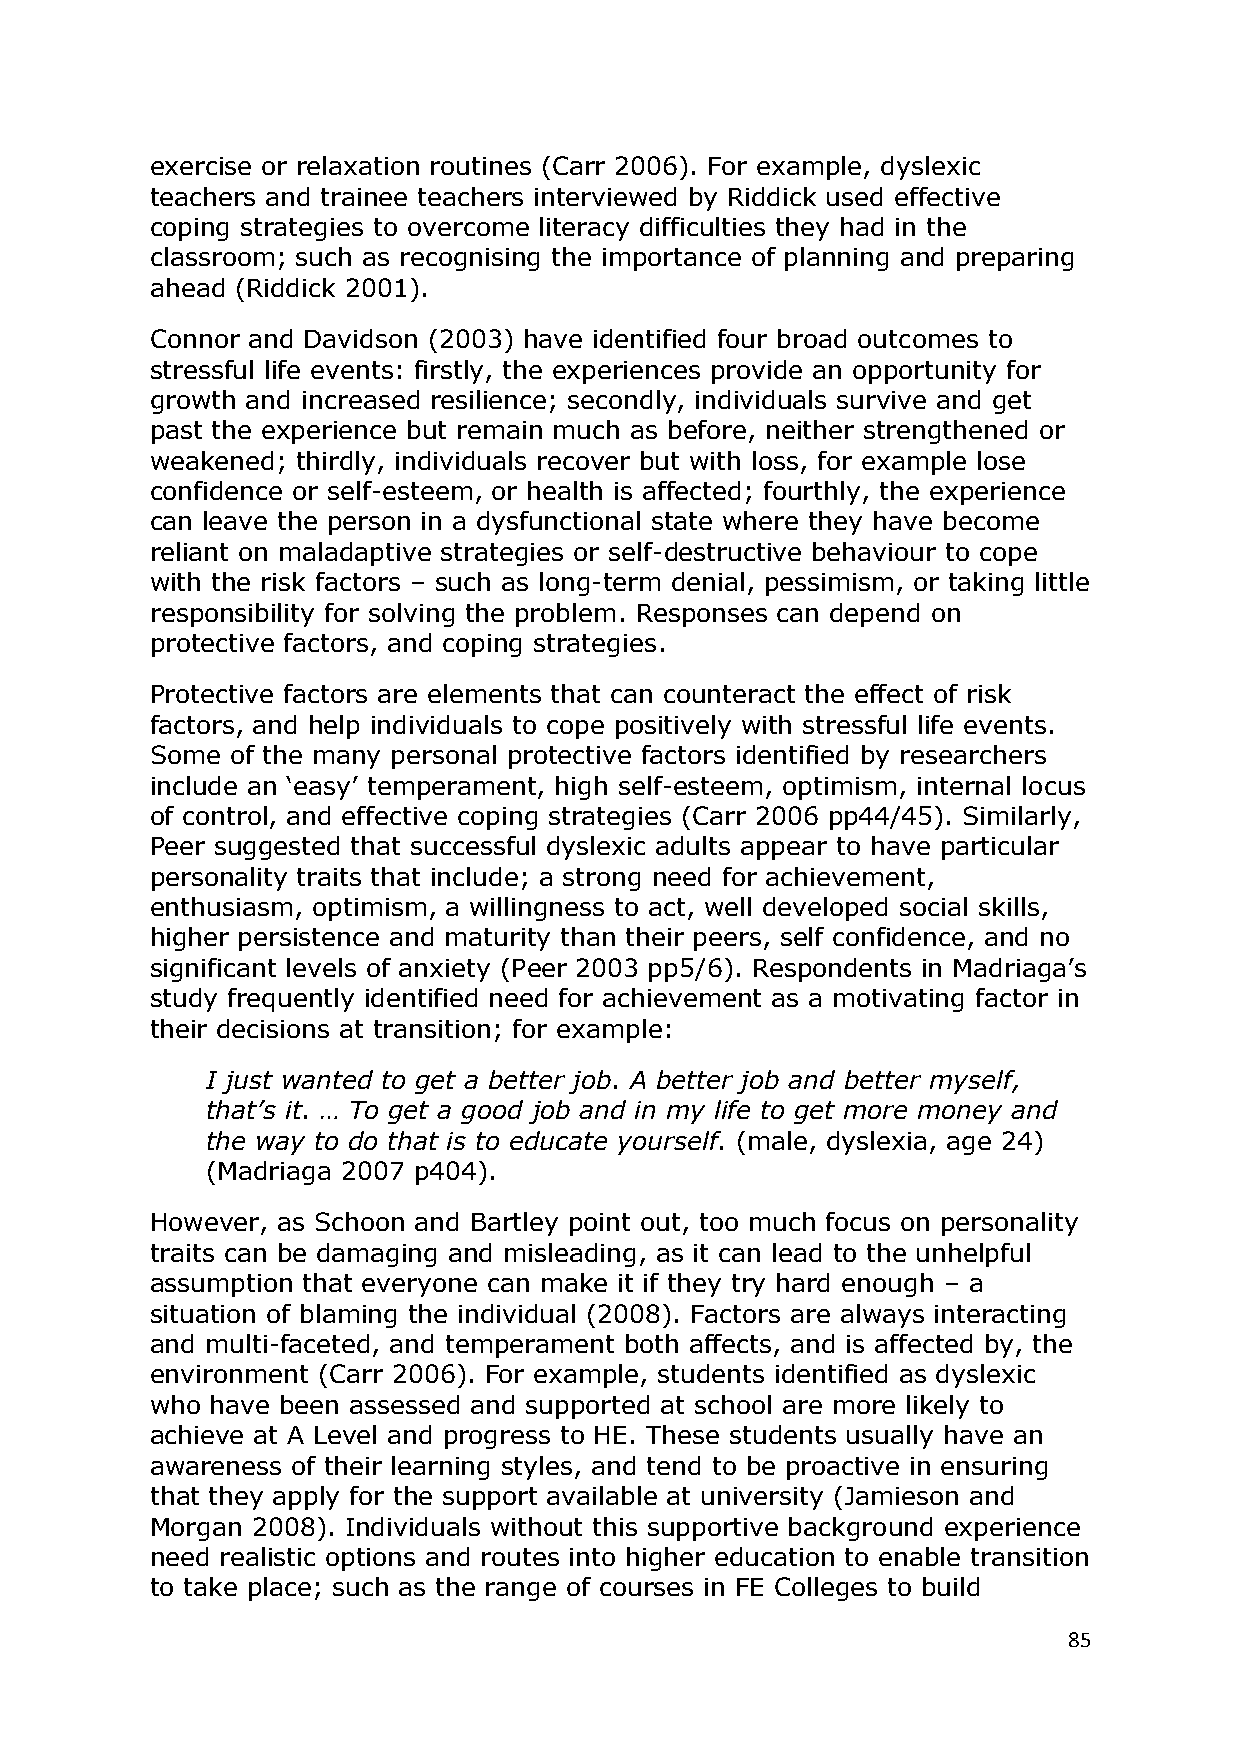
exercise or relaxation routines (Carr 2006). For example, dyslexic
 teachers and trainee teachers interviewed by Riddick used effective
 coping strategies to overcome literacy difficulties they had in the
 classroom; such as recognising the importance of planning and preparing
 ahead (Riddick 2001).
 Connor and Davidson (2003) have identified four broad outcomes to
 stressful life events: firstly, the experiences provide an opportunity for
 growth and increased resilience; secondly, individuals survive and get
 past the experience but remain much as before, neither strengthened or
 weakened; thirdly, individuals recover but with loss, for example lose
 confidence or self-esteem, or health is affected; fourthly, the experience
 can leave the person in a dysfunctional state where they have become
 reliant on maladaptive strategies or self-destructive behaviour to cope
 with the risk factors – such as long-term denial, pessimism, or taking little
 responsibility for solving the problem. Responses can depend on
 protective factors, and coping strategies.
 Protective factors are elements that can counteract the effect of risk
 factors, and help individuals to cope positively with stressful life events.
 Some of the many personal protective factors identified by researchers
 include an ‗easy‘ temperament, high self-esteem, optimism, internal locus
 of control, and effective coping strategies (Carr 2006 pp44/45). Similarly,
 Peer suggested that successful dyslexic adults appear to have particular
 personality traits that include; a strong need for achievement,
 enthusiasm, optimism, a willingness to act, well developed social skills,
 higher persistence and maturity than their peers, self confidence, and no
 significant levels of anxiety (Peer 2003 pp5/6). Respondents in Madriaga‘s
 study frequently identified need for achievement as a motivating factor in
 their decisions at transition; for example:
 I just wanted to get a better job. A better job and better myself,
 that‘s it. … To get a good job and in my life to get more money and
 the way to do that is to educate yourself. (male, dyslexia, age 24)
 (Madriaga 2007 p404).
 However, as Schoon and Bartley point out, too much focus on personality
 traits can be damaging and misleading, as it can lead to the unhelpful
 assumption that everyone can make it if they try hard enough – a
 situation of blaming the individual (2008). Factors are always interacting
 and multi-faceted, and temperament both affects, and is affected by, the
 environment (Carr 2006). For example, students identified as dyslexic
 who have been assessed and supported at school are more likely to
 achieve at A Level and progress to HE. These students usually have an
 awareness of their learning styles, and tend to be proactive in ensuring
 that they apply for the support available at university (Jamieson and
 Morgan 2008). Individuals without this supportive background experience
 need realistic options and routes into higher education to enable transition
 to take place; such as the range of courses in FE Colleges to build
 85